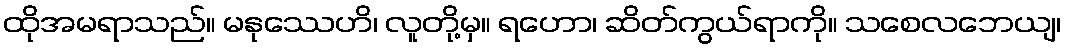
ထိုအမရာသည်။ မနုဿေဟိ၊ လူတို့မှ။ ရဟော၊ ဆိတ်ကွယ်ရာကို။ သစေလဘေယျ၊